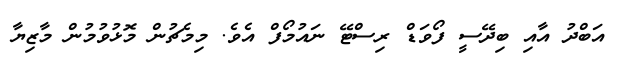
އަބްދު އާއި ބިދޭސީ ފޯވަޑް ރިސްޓޭ ނައުމޯފް އެވެ. މިމެޗުން މޮޅުވުމުން މާޒިޔާ